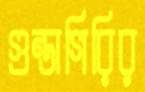
গুন্ডাগিরির